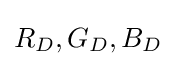
R_{D},G_{D},B_{D}